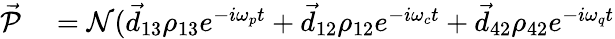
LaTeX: \begin{array}{rl}{\vec{\mathcal P}}&{{}=\mathcal N(\vec{d}_{13}\rho_{13}e^{-i\omega_{p}t}+\vec{d}_{12}\rho_{12}e^{-i\omega_{c}t}+\vec{d}_{42}\rho_{42}e^{-i\omega_{q}t}}\end{array}